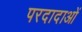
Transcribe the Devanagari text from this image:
परदादाओं